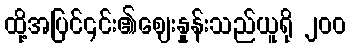
ထို့အပြင်၎င်း၏ဈေးနှုန်းသည်ယူရို ၂၀၀